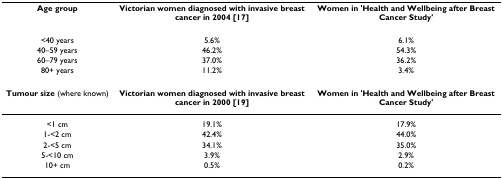
| Age group | Victorian women diagnosed with invasive breast cancer in 2004 [17] | Women in 'Health and Wellbeing after Breast Cancer Study' |
 | --- | --- | --- |
 | <40 years | 5.6% | 6.1% |
 | 40–59 years | 46.2% | 54.3% |
 | 60–79 years | 37.0% | 36.2% |
 | 80+ years | 11.2% | 3.4% |
 | Tumour size (where known) | Victorian women diagnosed with invasive breast cancer in 2000 [19] | Women in 'Health and Wellbeing after Breast Cancer Study' |
 | <1 cm | 19.1% | 17.9% |
 | 1-<2 cm | 42.4% | 44.0% |
 | 2-<5 cm | 34.1% | 35.0% |
 | 5-<10 cm | 3.9% | 2.9% |
 | 10+ cm | 0.5% | 0.2% |